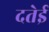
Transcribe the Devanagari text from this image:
दतेई